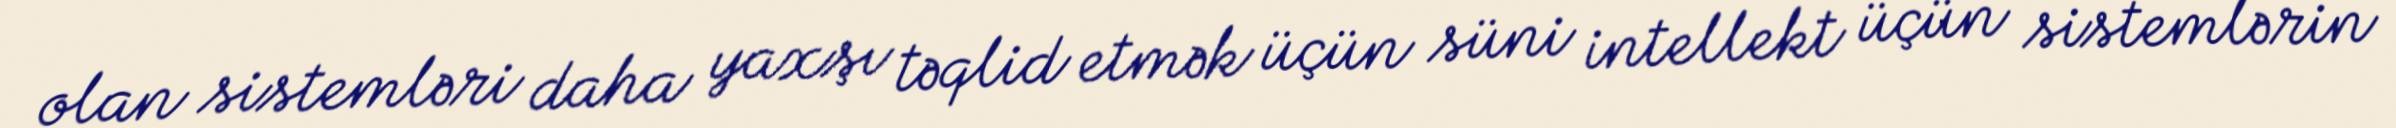
olan sistemləri daha yaxşı təqlid etmək üçün süni intellekt üçün sistemlərin